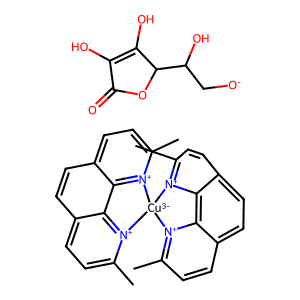
SMILES: Cc1ccc2ccc3ccc(C)[n+]4c3c2[n+]1[Cu-3]41[n+]2c(C)ccc3ccc4ccc(C)[n+]1c4c32.O=C1OC(C(O)C[O-])C(O)=C1O
Inhibits HIV replication: No